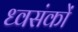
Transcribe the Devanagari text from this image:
ध्वसंकों